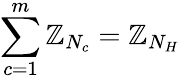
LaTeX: \sum_{c=1}^{m}\mathbb{Z}_{N_{c}}=\mathbb{Z}_{N_{H}}